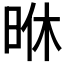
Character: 𭥶